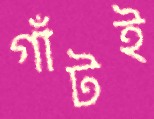
গাঁটই